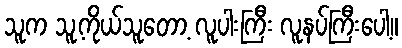
သူက သူ့ကိုယ်သူတော့ လူပါးကြီး လူနပ်ကြီးပေါ့။